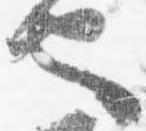
也